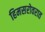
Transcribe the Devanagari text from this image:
हिमसरोवरात